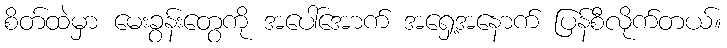
စိတ်ထဲမှာ မေးခွန်းတွေကို အပေါ်အောက် အရှေ့အနောက် ပြန်စီလိုက်တယ်။